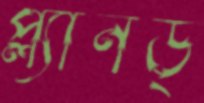
প্ল্যানড্